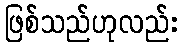
ဖြစ်သည်ဟုလည်း